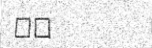
٢٦